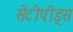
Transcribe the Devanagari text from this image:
सेंटीपीड्स